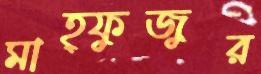
মাহ্ফুজুর